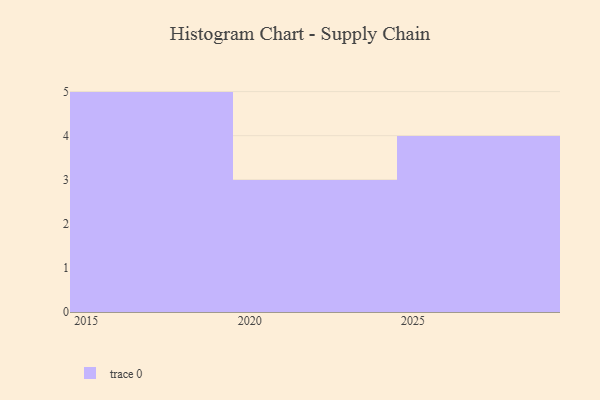
{"axis": {"x": "Year", "y": "Bounce Rate (%)"}, "legend": [""], "data": [{"x": "2027", "y": 92, "type": ""}, {"x": "2025", "y": 89, "type": ""}, {"x": "2026", "y": 21, "type": ""}, {"x": "2019", "y": 75, "type": ""}, {"x": "2018", "y": 33, "type": ""}, {"x": "2022", "y": 77, "type": ""}, {"x": "2024", "y": 35, "type": ""}, {"x": "2016", "y": 99, "type": ""}, {"x": "2017", "y": 58, "type": ""}, {"x": "2021", "y": 66, "type": ""}, {"x": "2015", "y": 95, "type": ""}, {"x": "2029", "y": 37, "type": ""}]}